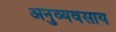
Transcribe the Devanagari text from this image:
अनुव्यवसाय